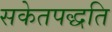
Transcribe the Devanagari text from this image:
सकेतपद्धति